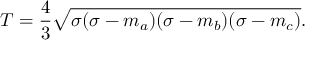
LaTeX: T = { \frac { 4 } { 3 } } { \sqrt { \sigma ( \sigma - m _ { a } ) ( \sigma - m _ { b } ) ( \sigma - m _ { c } ) } } .